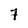
Character: 7